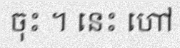
ចុះ ។ នេះ ហៅ